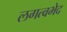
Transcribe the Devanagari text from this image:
लगत्वभेद